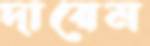
দায়েম